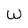
Character: W